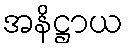
အနိဋ္ဌာယ